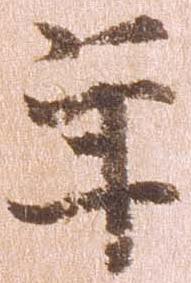
年